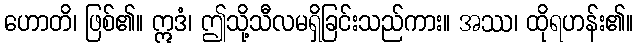
ဟောတိ၊ ဖြစ်၏။ ဣဒံ၊ ဤသို့သီလမရှိခြင်းသည်ကား။ အဿ၊ ထိုရဟန်း၏။